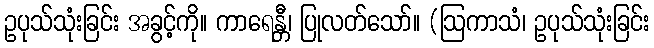
ဥပုသ်သုံးခြင်း အခွင့်ကို။ ကာရေန္တီ၊ ပြုလတ်သော်။ (ဩကာသံ၊ ဥပုသ်သုံးခြင်း